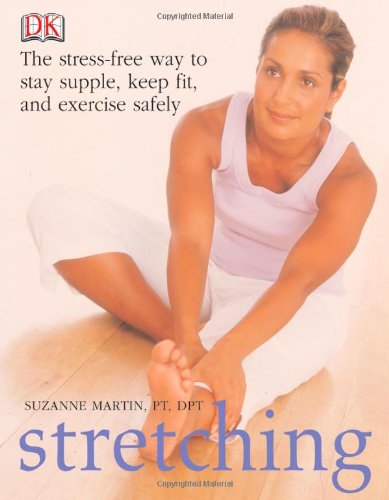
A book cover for Stretching; Suzanne Martin; Health, Fitness & Dieting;